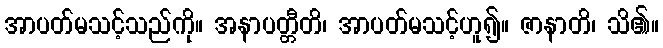
အာပတ်မသင့်သည်ကို။ အနာပတ္တီတိ၊ အာပတ်မသင့်ဟူ၍။ ဇာနာတိ၊ သိ၏။